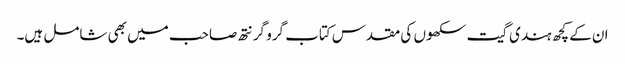
ان کے کچھ ہندی گیت سکھوں کی مقدس کتاب گرو گرنتھ صاحب میں بھی شامل ہیں۔